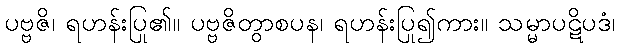
ပဗ္ဗဇိ၊ ရဟန်းပြု၏။ ပဗ္ဗဇိတွာစပန၊ ရဟန်းပြု၍ကား။ သမ္မာပဋိပဒံ၊